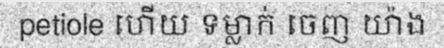
petiole ហើយ ទម្លាក់ ចេញ យ៉ាង